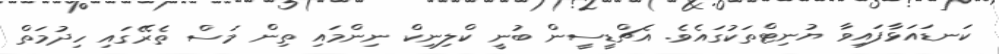
ކަނޑައަޅާފައިވާ ޔުނިޓްތަކުގައެވެ. އެޗްޑީސީން ބުނީ ކްލިނިކް ނިންމައި ތިން މަސް ތެރޭގައި ހިދުމަތް